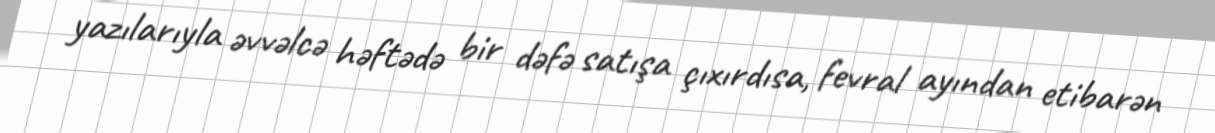
yazılarıyla əvvəlcə həftədə bir dəfə satışa çıxırdısa, fevral ayından etibarən